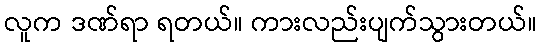
လူက ဒဏ်ရာ ရတယ်။ ကားလည်းပျက်သွားတယ်။